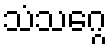
သံသဂ္ဂေ